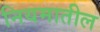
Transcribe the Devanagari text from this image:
नियमातील